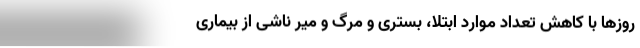
روزها با کاهش تعداد موارد ابتلا، بستری و مرگ و میر ناشی از بیماری